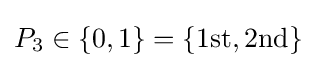
P_{3}\in \{0,1\}=\{{\mbox{1st}},{\mbox{2nd}}\}